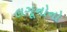
લગૂનોનો